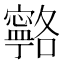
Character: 𭔦